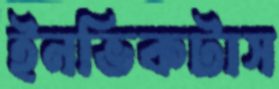
ইনভিকটাস